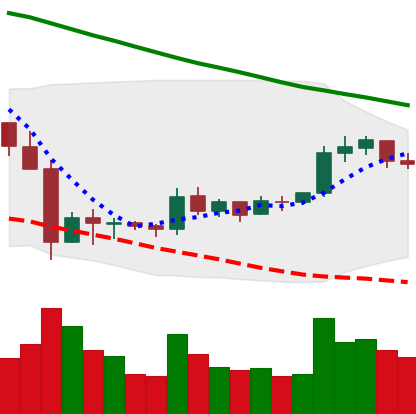
Ticker: XRP-USD
Chart end date: 2019-10-11
Forward return: 4.995%
Label: up_3_5